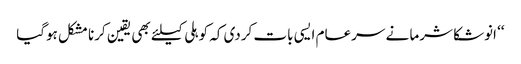
‘‘ انوشکا شرما نے سرعام ایسی بات کردی کہ کوہلی کیلئے بھی یقین کرنا مشکل ہوگیا